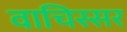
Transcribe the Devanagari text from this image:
वाचिस्सर